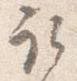
取